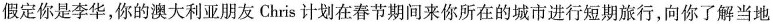
假定你是李华，你的澳大利亚朋友 Chris 计划在春节期间来你所在的城市进行短期旅行，向你了解当地